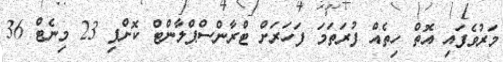
މަރުވެފައި އޮތް ހިތެއް ފުރަތަމަ ފަހަރަށް ޓްރާންސްޕްލާންޓް ކޮށްފި 23 މިނެޓް 36